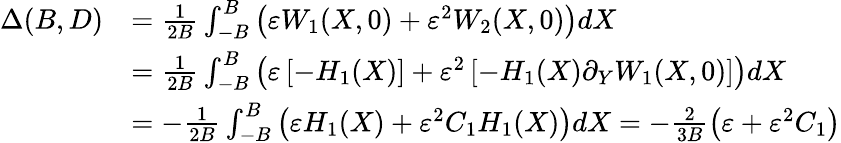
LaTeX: \begin{array}{rl}{\Delta(B,D)}&{=\frac{1}{2B}\int_{-B}^{B}\left(\varepsilon W_{1}(X,0)+\varepsilon^{2}W_{2}(X,0)\right)dX}\\ &{=\frac{1}{2B}\int_{-B}^{B}\left(\varepsilon\left[-H_{1}(X)\right]+\varepsilon^{2}\left[-H_{1}(X)\partial_{Y}W_{1}(X,0)\right]\right)dX}\\ &{=-\frac{1}{2B}\int_{-B}^{B}\left(\varepsilon H_{1}(X)+\varepsilon^{2}C_{1}H_{1}(X)\right)dX=-\frac{2}{3B}\left(\varepsilon+\varepsilon^{2}C_{1}\right)}\end{array}